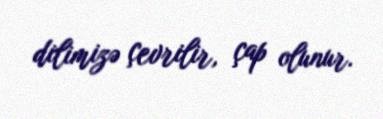
dilimizə çevrilir, çap olunur.